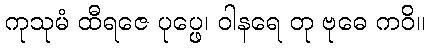
ကုသုမံ ထီရဇေ ပုပ္ဖေ၊ ဝါနရေ တု ဗုဓေ ကဝိ။